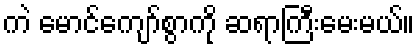
ကဲ မောင်ကျော်စွာကို ဆရာကြီးမေးမယ်။